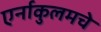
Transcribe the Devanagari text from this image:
एर्नाकुलमचे